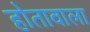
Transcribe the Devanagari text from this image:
होतावाला